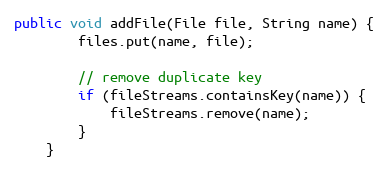
Language: Java
public void addFile(File file, String name) {
        files.put(name, file);

        // remove duplicate key
        if (fileStreams.containsKey(name)) {
            fileStreams.remove(name);
        }
    }